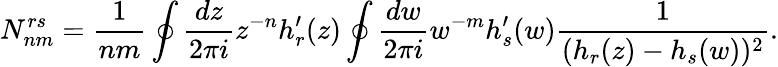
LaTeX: N_{nm}^{rs}=\frac{1}{nm}\oint\frac{dz}{2\pi i}z^{-n}h_{r}^{\prime}(z)\oint\frac{dw}{2\pi i}w^{-m}h_{s}^{\prime}(w)\frac{1}{(h_{r}(z)-h_{s}(w))^{2}}.